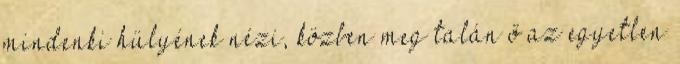
mindenki hülyének nézi, közben meg talán ő az egyetlen